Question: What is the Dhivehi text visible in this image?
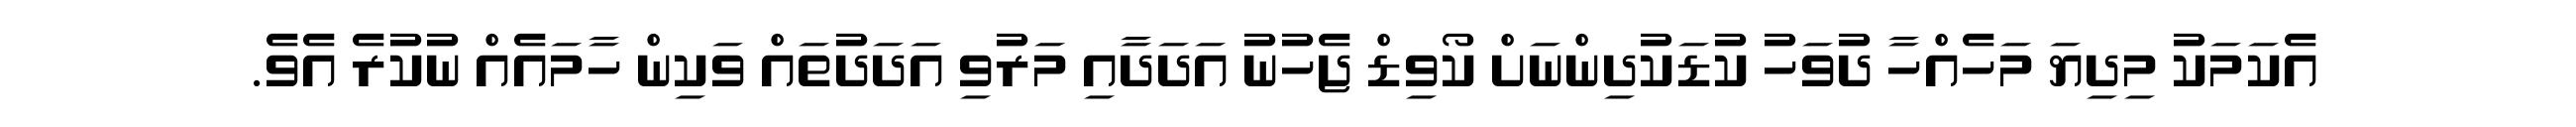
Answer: އެކަމަކު މިދިޔަ މަހެއްހާ ދުވަހު ކުޑަކުދިންނަށް ކޯވިޑް ޖެހުނު އަދަދާއި މަރުވި އަދަދުތައް ވަކިން ހާމައެއް ނުކުރެ އެވެ.